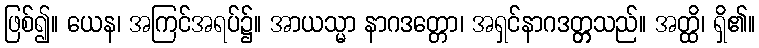
ဖြစ်၍။ ယေန၊ အကြင်အရပ်၌။ အာယသ္မာ နာဂဒတ္တော၊ အရှင်နာဂဒတ္တ္တသည်။ အတ္ထိ၊ ရှိ၏။